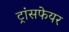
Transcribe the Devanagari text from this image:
ट्रांसफेयर